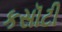
કસૉટી